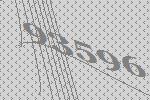
93596